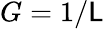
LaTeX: G=1/\mathsf{L}